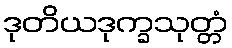
ဒုတိယဒုက္ခသုတ္တံ